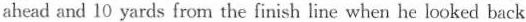
ahead and 10 yards from the finish line when he looked back